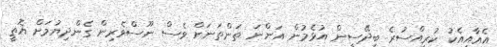
އެއާއިއެކު ކުރީއްސުރެ ބިދޭސީން އުޅެމުން އަންނަ ތަންތަނަށް ވެސް ނޫސްވެރިން ގެންދިޔުމަށް އޮތީ